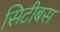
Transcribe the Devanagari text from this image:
सिटीबस